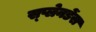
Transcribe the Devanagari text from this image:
स्प्लेनडेंस